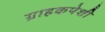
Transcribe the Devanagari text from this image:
ग्राहकपेशी